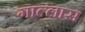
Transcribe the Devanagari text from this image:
गाल्लास